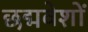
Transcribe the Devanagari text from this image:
छद्मवेशों